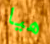
هيا